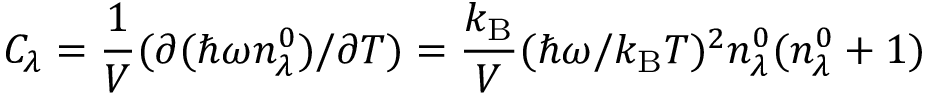
C _ { \lambda } = \frac { 1 } { V } ( \partial ( \hbar \omega n _ { \lambda } ^ { 0 } ) / \partial T ) = \frac { k _ { \mathrm { B } } } { V } ( \hbar \omega / k _ { \mathrm { B } } T ) ^ { 2 } n _ { \lambda } ^ { 0 } ( n _ { \lambda } ^ { 0 } + 1 )